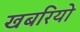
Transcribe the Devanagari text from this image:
खबरियो